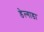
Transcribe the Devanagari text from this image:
डेल्गाडा